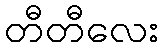
တီတီလေး